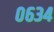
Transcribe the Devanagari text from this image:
०६३४